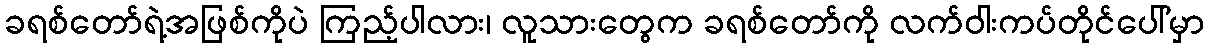
ခရစ်တော်ရဲ့အဖြစ်ကိုပဲ ကြည့်ပါလား၊ လူသားတွေက ခရစ်တော်ကို လက်ဝါးကပ်တိုင်ပေါ်မှာ